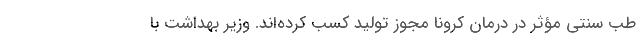
طب سنتی مؤثر در درمان کرونا مجوز تولید کسب کرده‌اند. وزیر بهداشت با